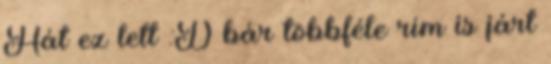
Hát ez lett :D bár többféle rím is járt